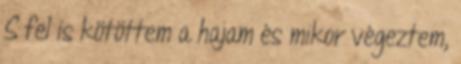
S fel is kötöttem a hajam és mikor végeztem,